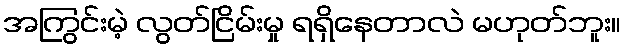
အကြွင်းမဲ့ လွတ်ငြိမ်းမှု ရရှိနေတာလဲ မဟုတ်ဘူး။